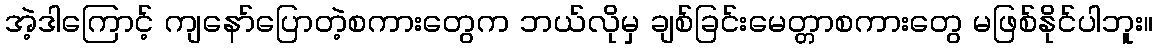
အဲ့ဒါကြောင့် ကျနော်ပြောတဲ့စကားတွေက ဘယ်လိုမှ ချစ်ခြင်းမေတ္တာစကားတွေ မဖြစ်နိုင်ပါဘူး။